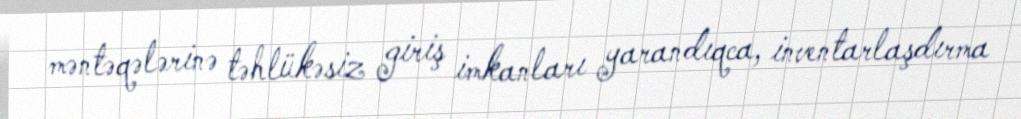
məntəqələrinə təhlükəsiz giriş imkanları yarandıqca, inventarlaşdırma